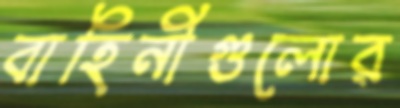
বাহিনীগুলোর